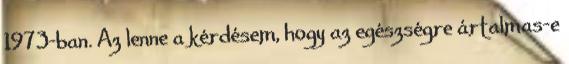
1973-ban. Az lenne a kérdésem, hogy az egészségre ártalmas-e